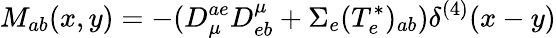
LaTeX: M_{ab}(x,y)=-(D_{\mu}^{ae}D_{eb}^{\mu}+\Sigma_{e}(T_{e}^{\ast})_{ab})\delta^{(4)}(x-y)